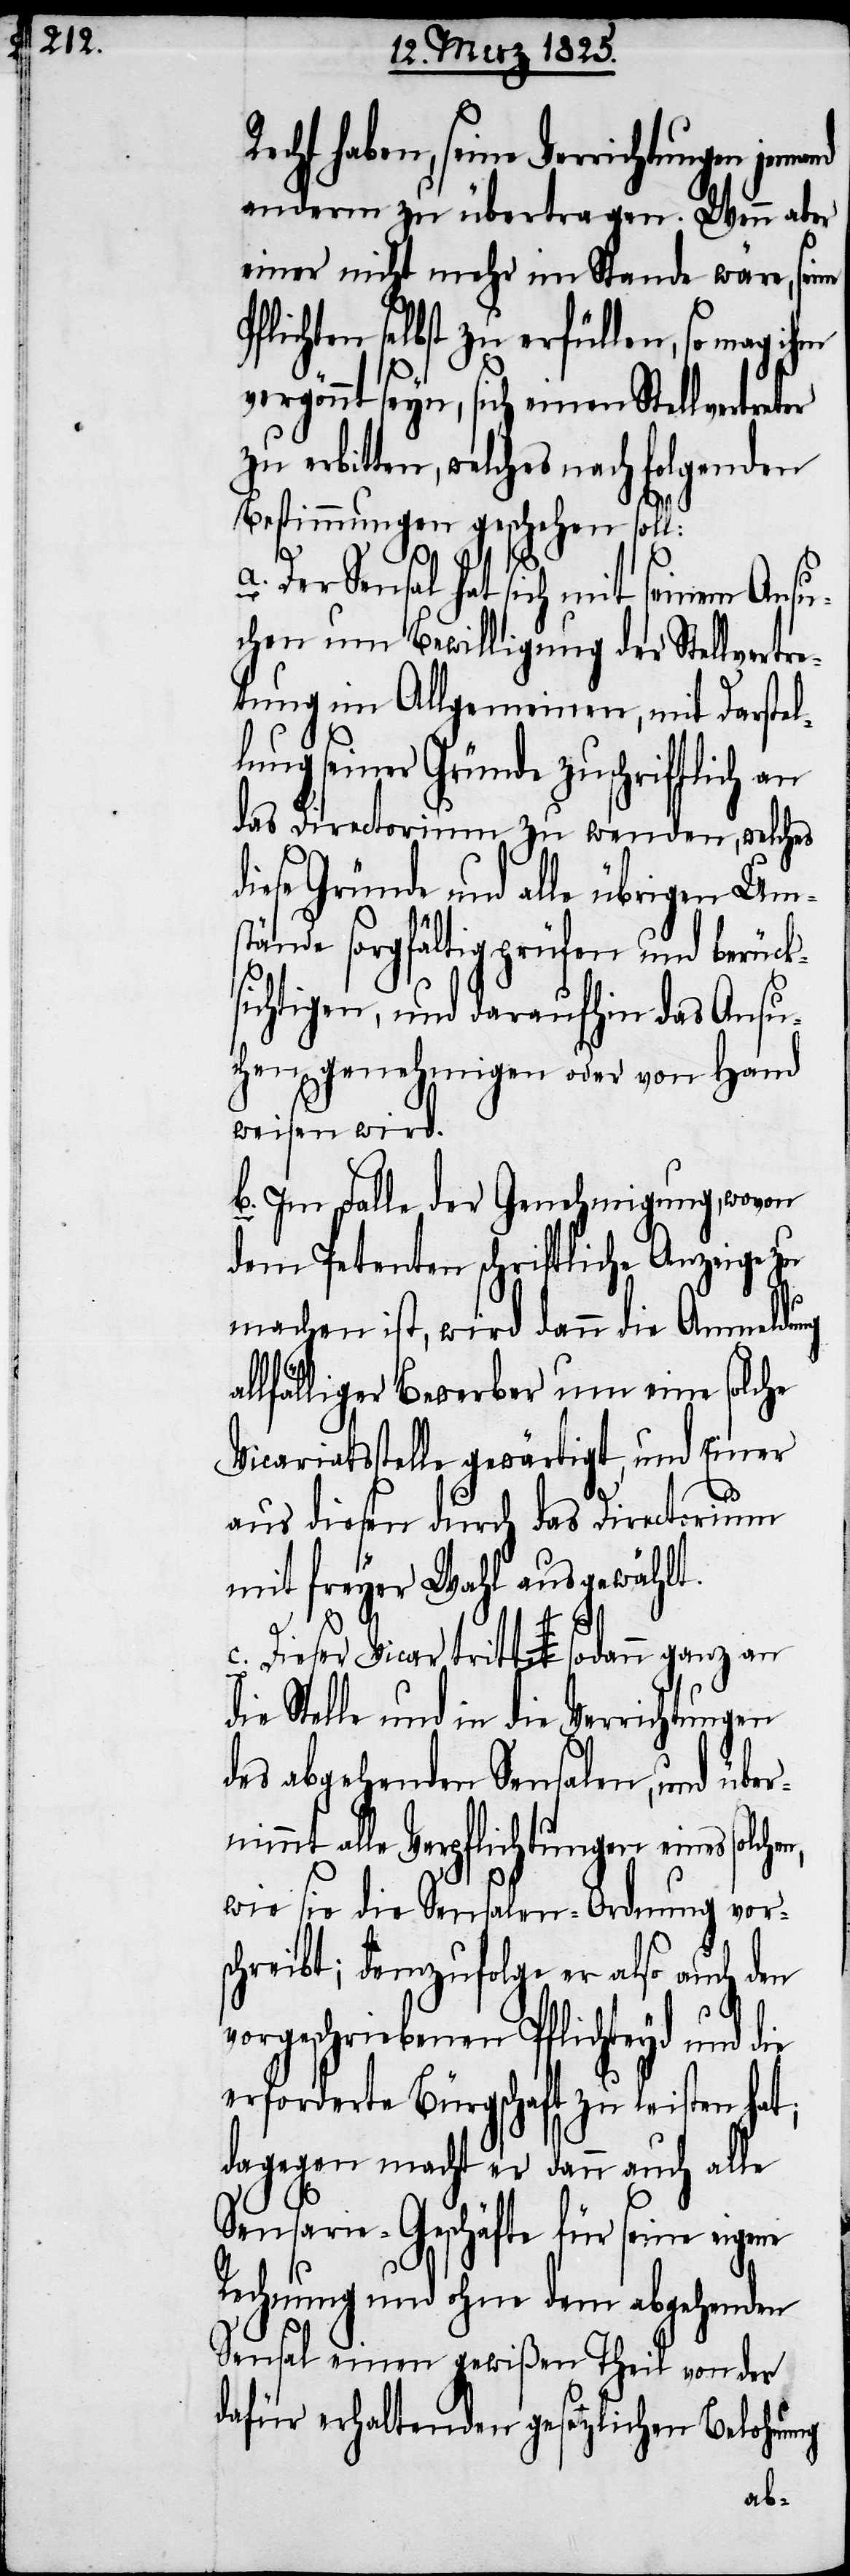
haben, seine Verrichtungen
anderm zu übertragen. Wenn aber
einer nicht mehr im Stande wäre, seine
Pflichten selbst zu erfüllen, so mag
vergönnt seyn, sich einen Stellvertr¬
zu erbitten, welches nach folgenden
Bestimmungen geschehen soll:
Der Sensal hat sich mit seinem Ansu¬
chen um Bewilligung der Stellvert¬
retung im Allgemeinen, mit Darstel¬
ung seiner Gründe zuschriftlich
das Directorium zu wenden, welches
diese Gründe und alle übrigen Um¬
stände sorgfältig prüfen und berück¬
sichtigen, und daraufhin das Ansu¬
chen genehmigen oder von Hand
weisen wird.
b. Im Falle der Genehmigung, wovon
dem Petenten schriftliche Anzeige zu
machen ist, wird dann die Anmeldung
lfälliger Bewerber um eine solche
Vicariatsstelle gewärtigt, und Einer
aus diesen durch das Directorium
mit freyer Wanl ausgewählt.
Dieser Vicar tritt sodann ganz an
die Stelle und in die Verrichtungen
des abgehenden Sensalen, und über¬
nimmt alle Verpflichtungen eines solche¬
wie sie die Sensalen-Ordnung vor¬
schreibt; demzufolge er also auch den
vorgeschriebenen Pflichteyd und
erforderte Bürgschaft zu leisten hat;
dagegen macht er dann auch alle
Sensarie-Geschäfte für seine
Rechnung und ohne dem abgehenden
Sensal einen gewißen Theil von der
dafür erhaltenden gesetzlichen Belohnung
n,